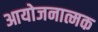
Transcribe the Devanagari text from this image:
आयोजनात्मक